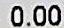
0.00